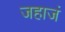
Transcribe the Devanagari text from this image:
जहाजं